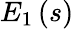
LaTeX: E_{1}\left(s\right)